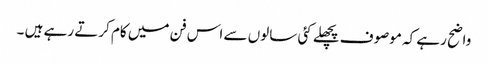
واضح رہے کہ موصوف پچھلے کئی سالوں سے اس فن میں کام کرتے رہے ہیں ۔